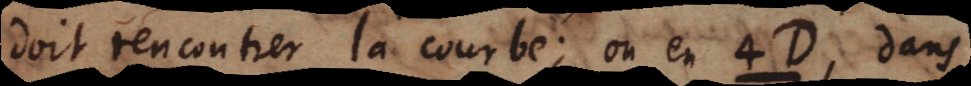
doit rencontrer la courbe; on en 4D, dans